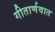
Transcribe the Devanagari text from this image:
गीतार्णवात